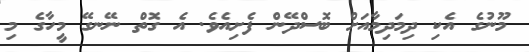
މޫނުގެ އެކި ދިމަދިމާއަށް ބޮސްދޭން ފެށިއެވެ. އެ ގޮތް ނޭނގޭ މީހާގެ މި